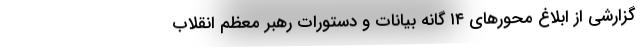
گزارشی از ابلاغ محورهای ۱۴ گانه بیانات و دستورات رهبر معظم انقلاب